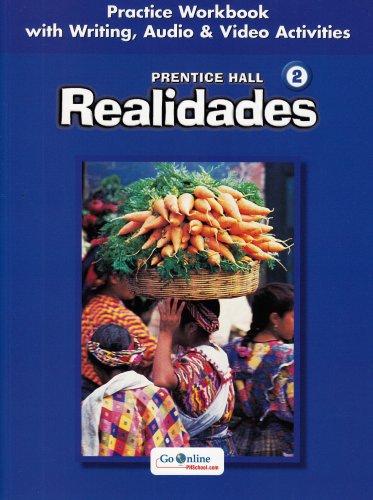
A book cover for PRENTICE HALL SPANISH:REALIDADES PRACTICE WORKBOOK/WRITING LEVEL 2      2005C; PRENTICE HALL; Teen & Young Adult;